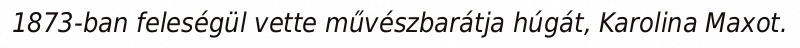
1873-ban feleségül vette művészbarátja húgát, Karolina Maxot.